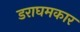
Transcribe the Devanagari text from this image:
डराघमकार